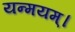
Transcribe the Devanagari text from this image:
यन्मयम्।